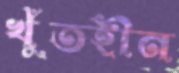
খুঁতহীন